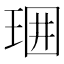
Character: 𤥪